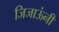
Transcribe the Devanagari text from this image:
जिजाऊंनी